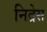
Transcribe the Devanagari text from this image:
निद्रेस